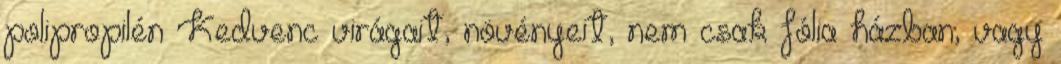
polipropilén Kedvenc virágait, növényeit, nem csak fólia házban, vagy